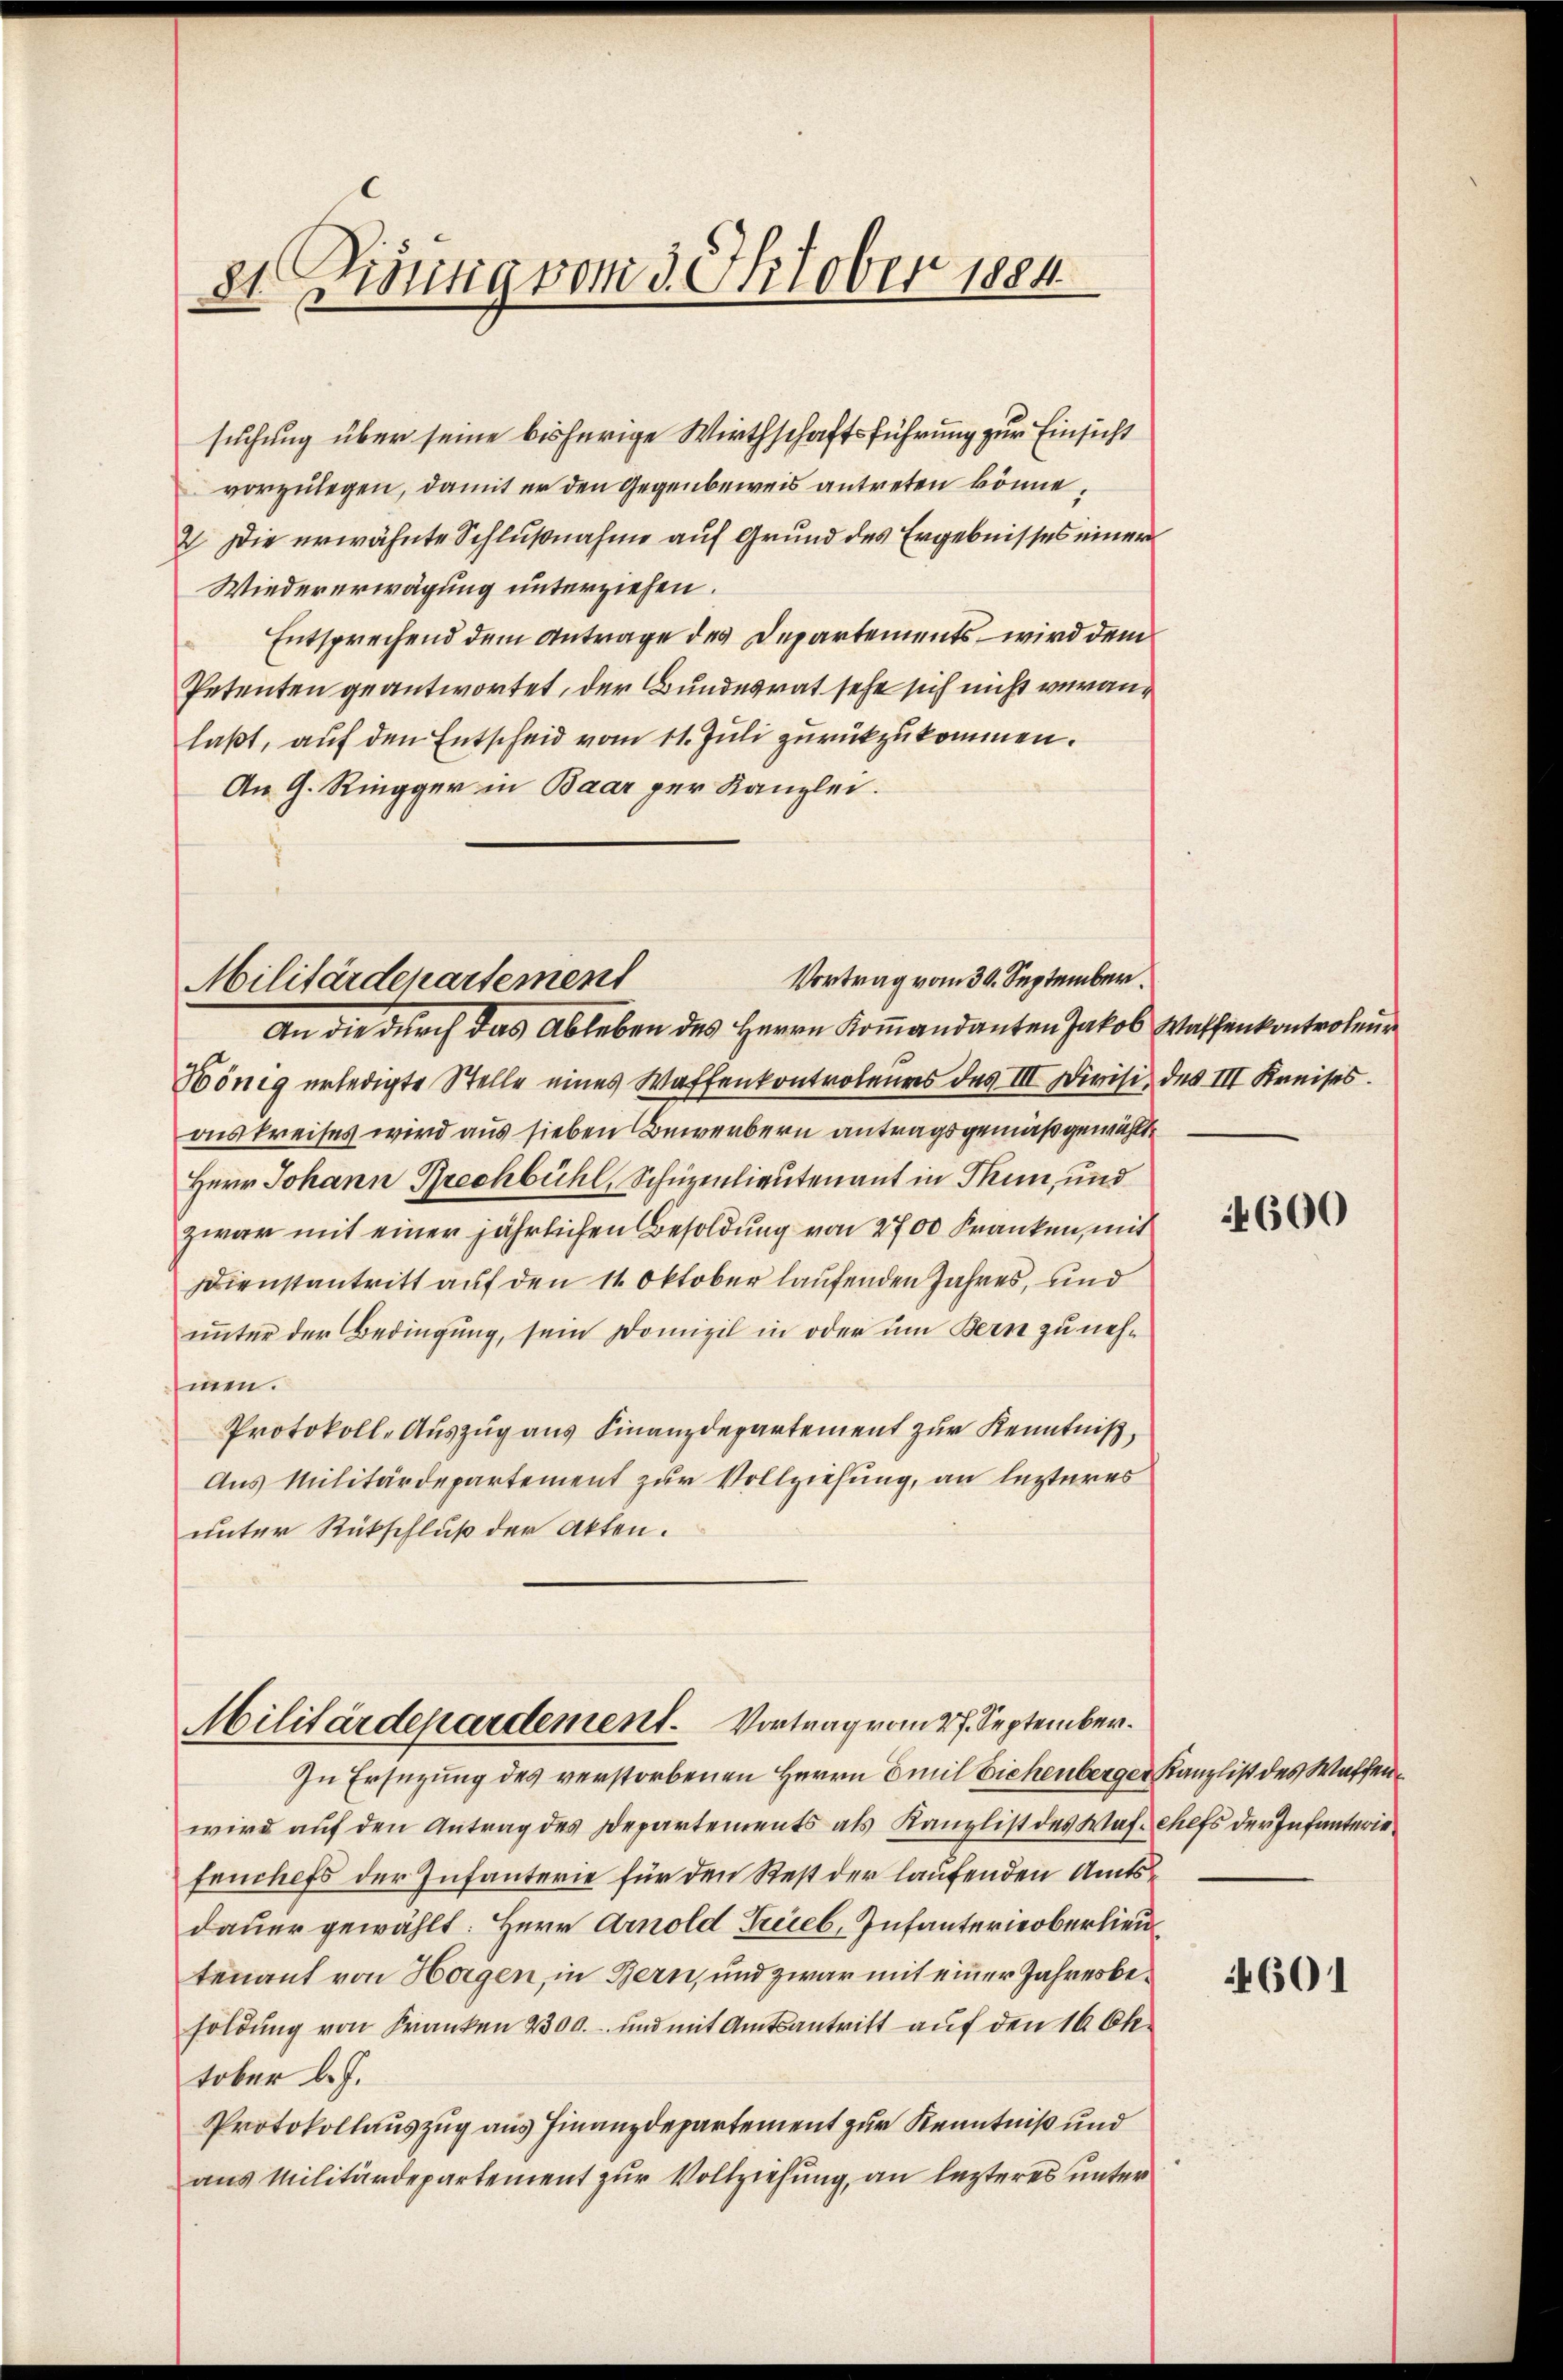
suchung über seine bisherige Wirthschaftsführung zur Einsicht
vorzulegen, damit er den Gegenbeweis antreten könne,
2. Die erwähnte Schlußnahme auf Grund des Ergebnisses einer
Wiedererwägung unterziehen.
Entsprechend dem Antrage des Departements wird dem
Petenten geantwortet, der Bundesrat sehe sich nicht veranlaßt, auf den Entscheid vom 11. Juli zurückzukommen.
An G. Ringger in Baar per Kanzlei.

8t. König vom 3. Oktober 1884.

An die durch das Ableben des Herrn Kommandanten Jakob Wachenkontroleur
Bönig erledigte Stelle eines Waffenkontroleurs des III Divisi des III Kreises.
onskreises wird aus sieben Bewerbern antragsgemäß gewählte
Herr Johann Brechbühl, Schüzenlieutenant in Thun, und
zwar mit einer jährlichen Besoldung von 2700 Franken, mit
Dienstantritt auf den 11. Oktober laufenden Jahres, und
unter der Bedingung, sein Domizil in oder um Bern zu nehmen.
Protokoll-Auszug aus Finanzdepartement zur Kenntniß,
Aus Militärdepartement zur Vollziehung, an lezteres
unter Rückschluß der Akten.

Militärdepartement

Vortrag vom 30. September.

Militärdepardement. Vortrag vom 27. September.

In Ersezung des verstorbenen Herrn Emil Eichenberger Kanzlist des Waffenwird auf den Antrag des Departements als Kanzlist des Was chefs der Infanterie
fenchefs der Infanterie für den Rest der laufenden Amtsdauer gewählt: Herr Arnold Trieb, Infanterieberlieutenant von Horgen, in Bern, und zwar mit einer Jahresbesoldung von Franken 2300. und mit Amtsantritt auf den 16 Ok
tober l. J.
Protokollauszug aus Finanzdepartement zur Kenntniß und
aus Militärdepartement zur Vollziehung, an lezteres unter

4600

4601